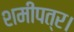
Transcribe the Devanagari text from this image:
शमीपत्र।